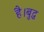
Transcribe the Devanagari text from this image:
है।बुद्ध